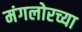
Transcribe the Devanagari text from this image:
मंगलोरच्या